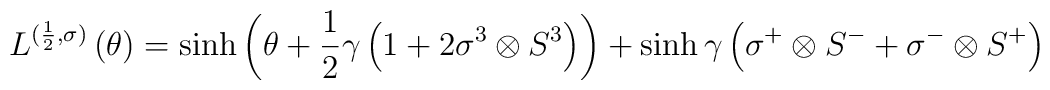
L^{({1 \over 2},\sigma)}\left( \theta \right)=\sinh{\left( \theta+{1 \over 2}\gamma\left( 1+2 \sigma^3\otimes S^3 \right)\right)}+\sinh{\gamma}\left( \sigma^+\otimes S^- +\sigma^-\otimes S^+ \right)